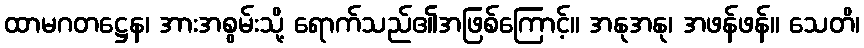
ထာမဂတဋ္ဌေန၊ အားအစွမ်းသို့ ရောက်သည်၏အဖြစ်ကြောင့်။ အနုအနု၊ အဖန်ဖန်။ သေတိ၊